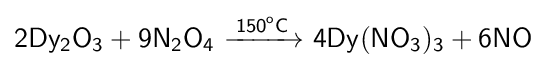
{\mathsf {2Dy_{2}O_{3}+9N_{2}O_{4}\ {\xrightarrow {150^{o}C}}\ 4Dy(NO_{3})_{3}+6NO}}